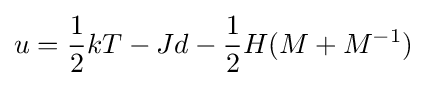
u={\frac {1}{2}}kT-Jd-{\frac {1}{2}}H(M+M^{-1})